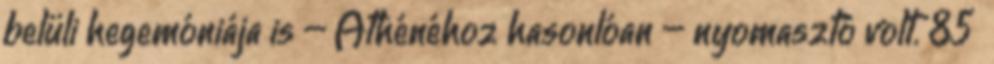
belüli hegemóniája is – Athénéhoz hasonlóan – nyomasztó volt. 85